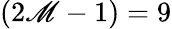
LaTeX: (2\mathscr{M}-1)=9